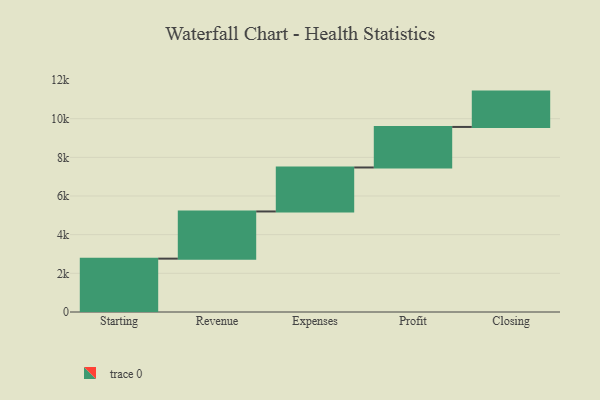
{"axis": {"x": "Step", "y": "Value"}, "legend": [""], "data": [{"x": "Starting", "y": 2760.0, "type": ""}, {"x": "Revenue", "y": 2441.0, "type": ""}, {"x": "Expenses", "y": 2275.0, "type": ""}, {"x": "Profit", "y": 2097.0, "type": ""}, {"x": "Closing", "y": 1828.0, "type": ""}]}